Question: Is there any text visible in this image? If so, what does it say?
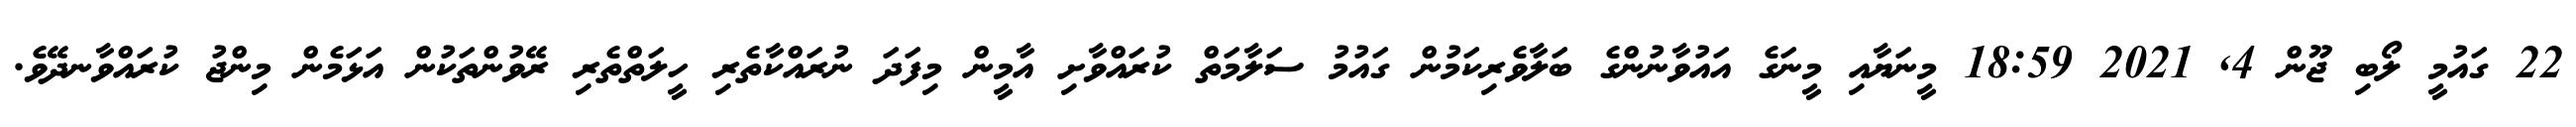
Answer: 22 ގައުމީ ލޯބި ޖޫން 4, 2021 18:59 މީނަޔާއި މީނަގެ އައުވާނުންގެ ބަލާވެރިކަމުން ގައުމު ސަލާމަތް ކުރައްވާށި އާމީން މިފަދަ ނުރައްކާތެރި ހީލަތްތެރި ރޭވުންތަކުން އަޅަމެން މިންޖު ކުރައްވާނދޭވެ.